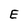
Character: E